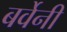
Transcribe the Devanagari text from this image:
बर्वेनी